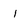
Character: l